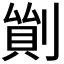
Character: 𠞿